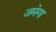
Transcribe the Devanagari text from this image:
जमेगा